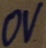
Text: 0V